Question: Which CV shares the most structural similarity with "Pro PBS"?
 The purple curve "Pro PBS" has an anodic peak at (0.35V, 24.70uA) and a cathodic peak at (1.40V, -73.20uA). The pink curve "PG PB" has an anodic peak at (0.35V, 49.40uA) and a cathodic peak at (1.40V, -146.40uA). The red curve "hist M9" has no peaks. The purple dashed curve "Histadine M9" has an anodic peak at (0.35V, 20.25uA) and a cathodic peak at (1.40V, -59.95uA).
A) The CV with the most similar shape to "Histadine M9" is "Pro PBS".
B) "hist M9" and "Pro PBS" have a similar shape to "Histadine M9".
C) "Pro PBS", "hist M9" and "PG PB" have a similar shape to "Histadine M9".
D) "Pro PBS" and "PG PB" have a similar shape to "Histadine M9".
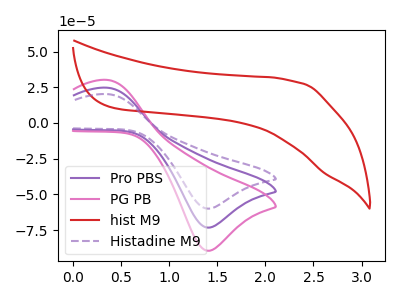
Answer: <think>All the peaks in "Pro PBS" have a peak in "PG PB" at the same potential. Every peak in "Pro PBS" is lower than every peak in "PG PB". "Pro PBS" and "hist M9" have a different number of peaks. All the peaks in "Pro PBS" have a peak in "Histadine M9" at the same potential. Every peak in "Pro PBS" is higher than every peak in "Histadine M9". "PG PB" and "hist M9" have a different number of peaks. All the peaks in "PG PB" have a peak in "Histadine M9" at the same potential. Every peak in "PG PB" is higher than every peak in "Histadine M9". "hist M9" and "Histadine M9" have a different number of peaks.
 </think>
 <answer>D) "Pro PBS" and "PG PB" have a similar shape to "Histadine M9".</answer>
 <eval>D</eval>